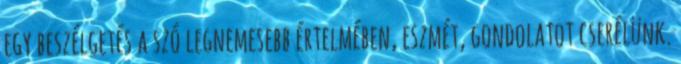
egy beszélgetés a szó legnemesebb értelmében, eszmét, gondolatot cserélünk.